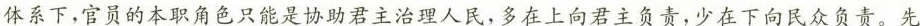
体系下，官员的本职角色只能是协助君主治理人民，多在上向君主负责，少在下向民众负责。先